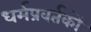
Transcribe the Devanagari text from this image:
धर्मप्रवर्तकों